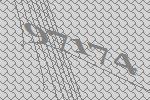
97174